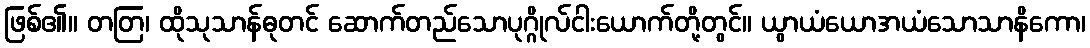
ဖြစ်၏။ တတြ၊ ထိုသုသာန်ဓုတင် ဆောက်တည်သောပုဂ္ဂိုလ်ငါးယောက်တို့တွင်။ ယွာယံယောအယံသောသာနိကော၊